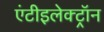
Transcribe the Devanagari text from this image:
एंटीइलेक्ट्रॉन